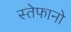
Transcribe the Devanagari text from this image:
स्तेफानो